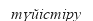
түйістіру